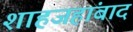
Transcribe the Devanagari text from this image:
शाहजहांबाद